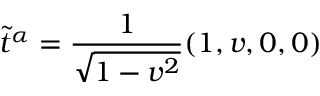
\tilde { t } ^ { \alpha } = \frac { 1 } { \sqrt { 1 - v ^ { 2 } } } ( 1 , v , 0 , 0 )